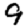
Digit: 9